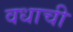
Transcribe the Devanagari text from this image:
वधाची